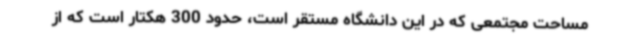
مساحت مجتمعی که در این دانشگاه مستقر است، حدود 300 هکتار است که از